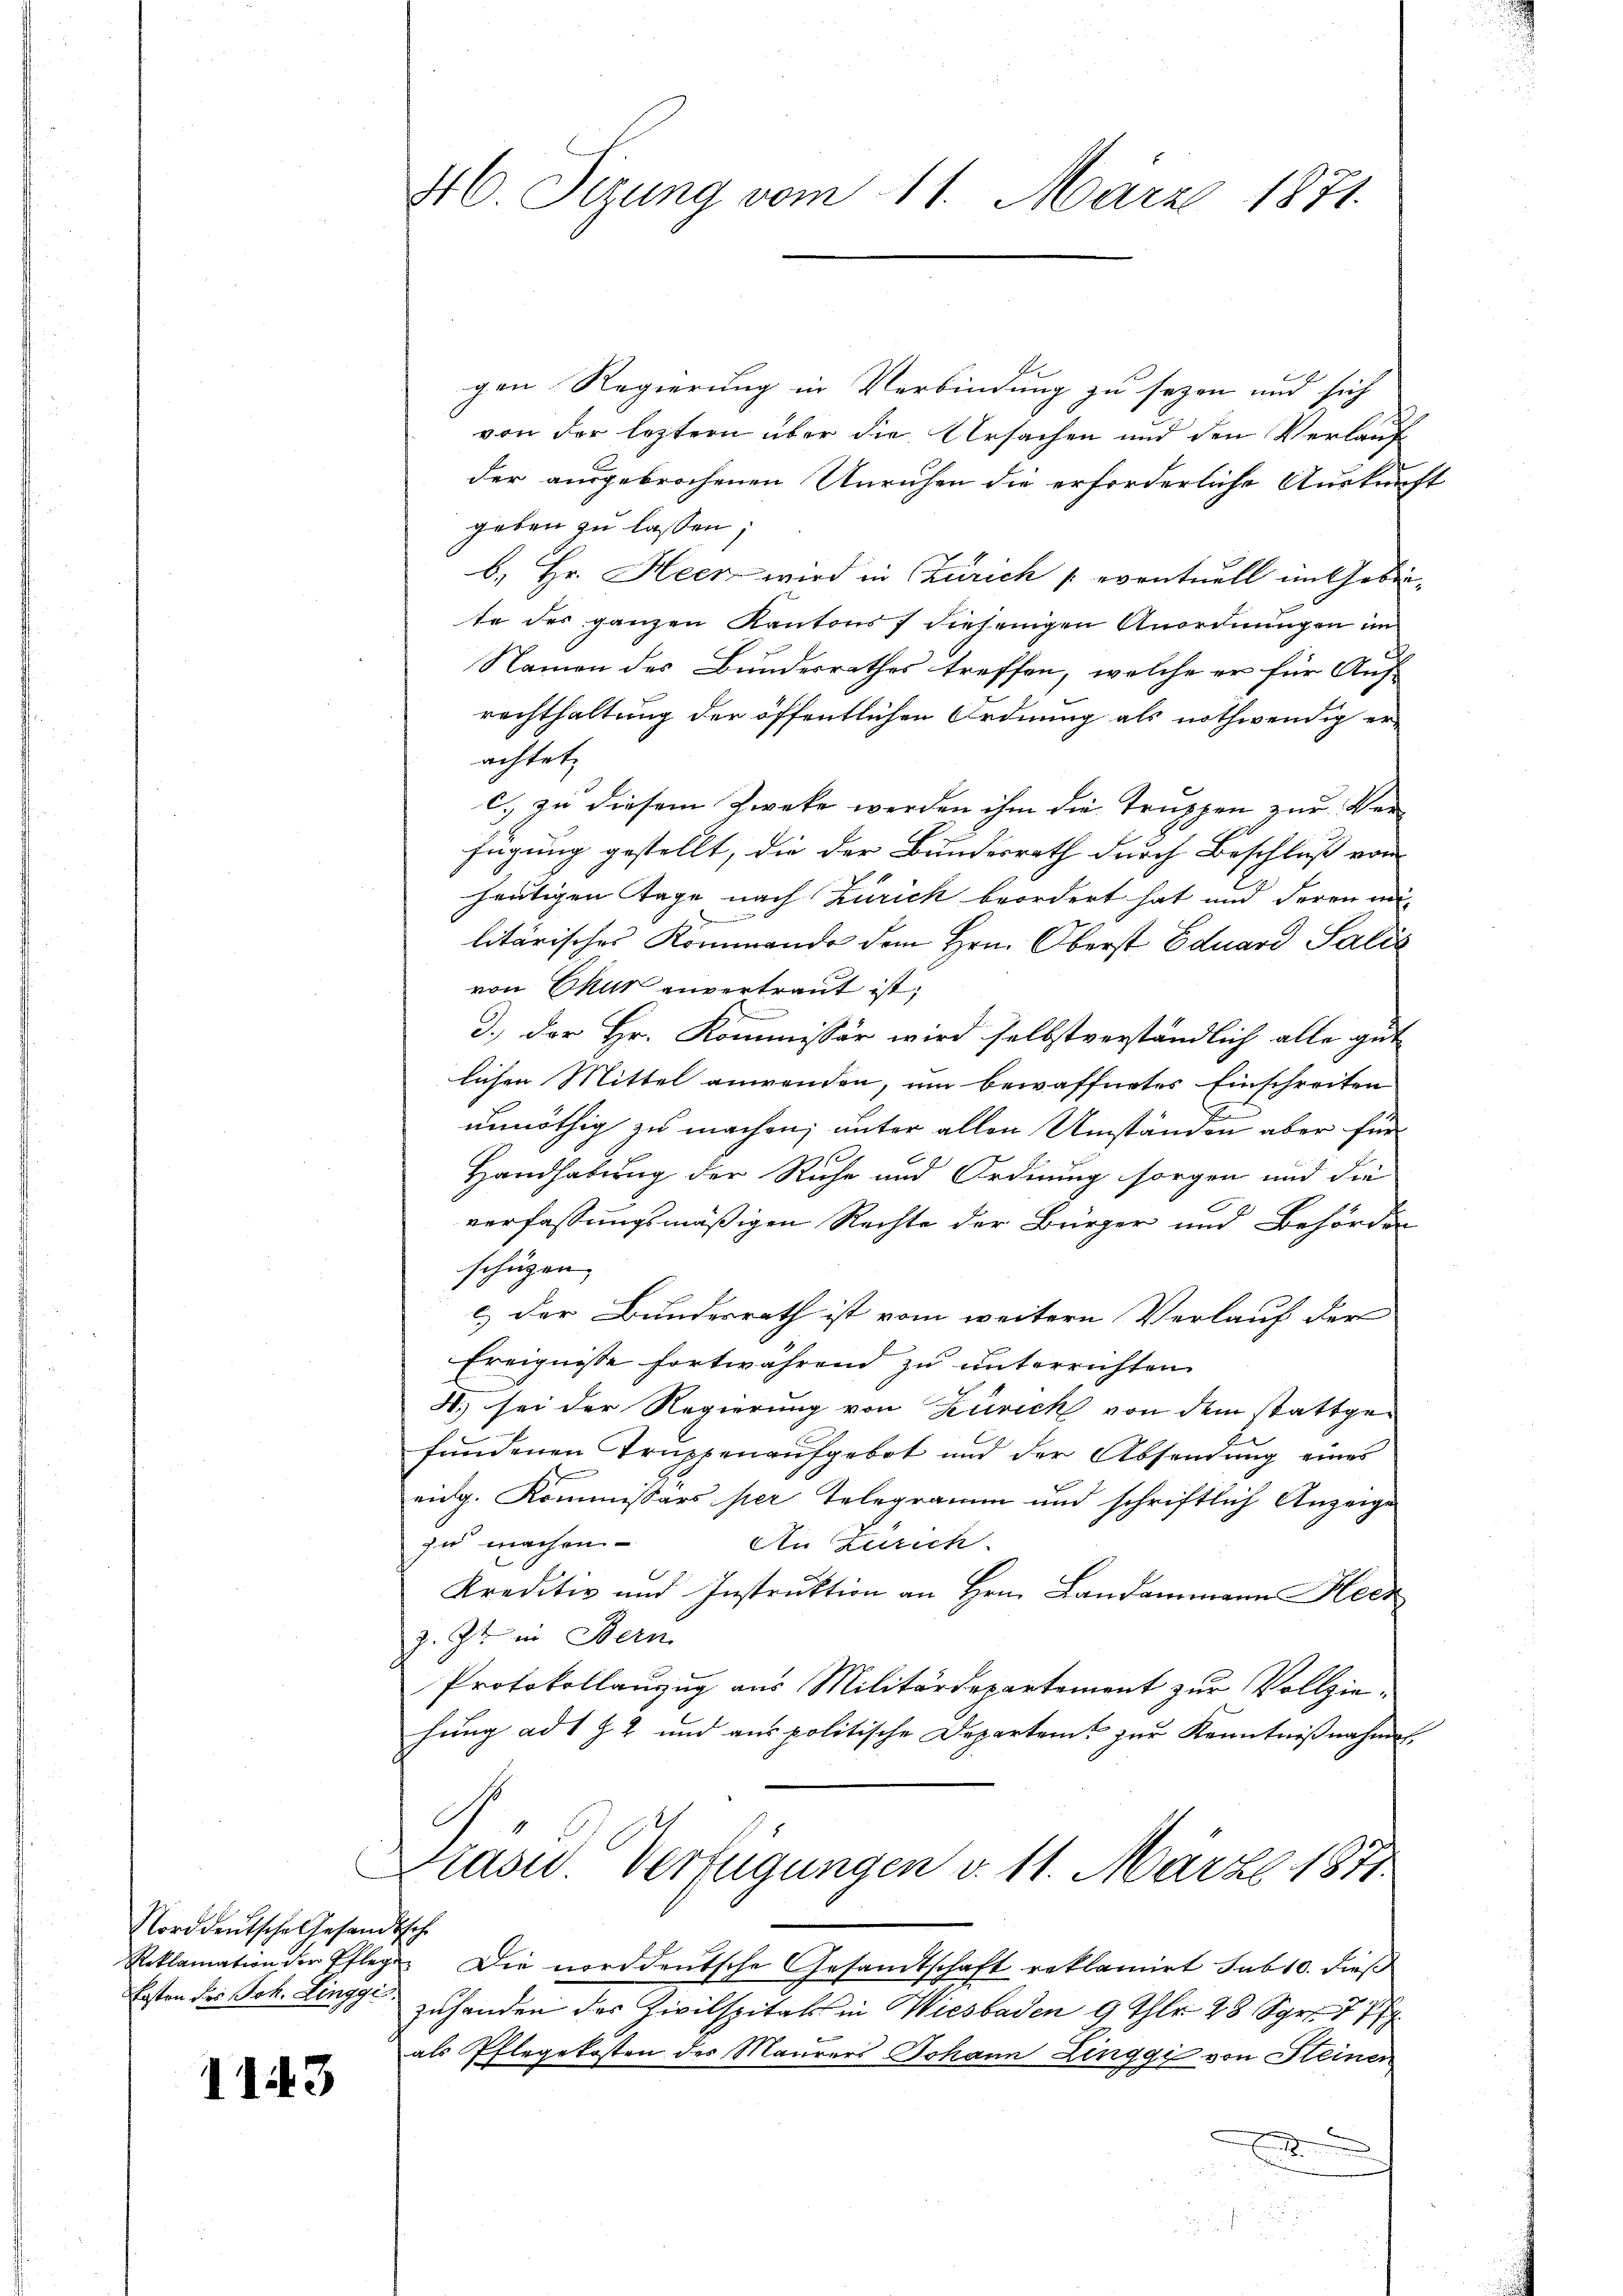
Norddeutsche Gesandtsch.
Ersten des Joh. Linggi.

1143

46. Sezung vom 11. März 1871.

gen Regierung in Verbindung zu sezen und sich
von der leztern über die Ursachen und den Verlauf
der ausgebrochenen Unruhen die erforderliche Auskunft
geben zu lassen,
b. Hr. Heer wird in Zürich eventuell im Gebiete des ganzen Kantons 7 diejenigen Anordnungen im
c
Namen des Bundesrathes treffen, welche er für Aus-
rechthaltung der öffentlichen Ordnung als nothwendig erachtet,
c) zu diesem Zwecke werden ihm die Truppen zur Verfügung gestellt, die der Bundesrath durch Beschluß von
heutigen Tage nach Zürich beordert hat und deren anlitärisches Kommende dem Hrn. Oberst Eduard Salis
von Chur unvertraut ist;
3.) Der Hr. Kommissär wird selbstverständlich alle gut
lichen Mittel anwenden, um bewaffnetes Einschreiten
unnöthig zu machen; unter allen Umständen aber für
2 f
Handhabung der Riche und Ordnung sorgen und die
verfassungsmäßigen Rechte der Bürger und Behörden
schügen,
c.) der Bundesrath ist vom weitern Verlauf der
Ereignisse fortwährend zu unterrichten
4. sei der Regierung von Zürich von dem stattgefundenen Truppenaufgebot und der Absendung eines
eidg. Kommissärs per Telegramm und schriftlich Anzeige
zu machen
An Zürich.
Kreditiv und Instrŭktion an Hrn. Landammann Heer
z. Zt. in Bern
Protokollanzug aus Militärdepartement zur Vollziehung ad 1 Z. 2 und aus politische Departem zur Kenntnißnahmen.
Brasid. Verfügungen v. 11. März 1877.
Reklamation der Pflege. Die norddeutsche Gesandtschaft reklamirt sub 10. dieß
zuhanden des Zivilspitals in Wiesbaden 9 Thlr 28 Sgr. 7 1
als Pflegekosten des Maurers Johann Zinggi von Steinen

.
u